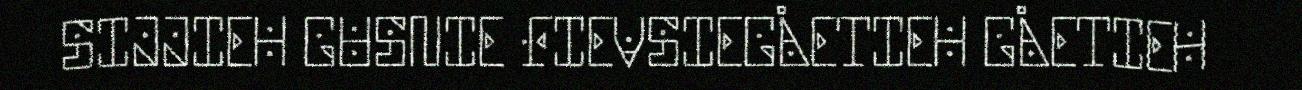
SIJJIEH GUSNIE FIEVSIEGÅETIEH GÅETIEH